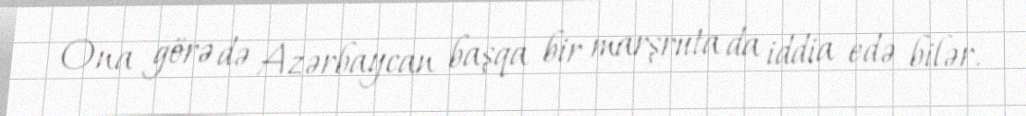
Ona görə də Azərbaycan başqa bir marşruta da iddia edə bilər.